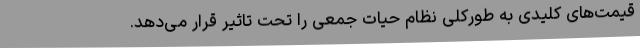
قیمت‌های کلیدی به طورکلی نظام حیات جمعی را تحت تاثیر قرار می‌دهد.